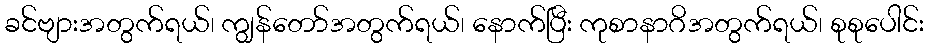
ခင်ဗျားအတွက်ရယ်၊ ကျွန်တော်အတွက်ရယ်၊ နောက်ပြီး ကုစာနာဂိအတွက်ရယ်၊ စုစုပေါင်း